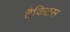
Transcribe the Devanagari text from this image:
टैकिटस